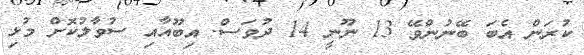
ކުރަން އެބަ ބޭނުންވޭ 13 ނޫނީ 14 ދުވަސް. އިބޫއާއި ސުވާލުކޮށް މުޅި